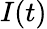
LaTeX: I(t)